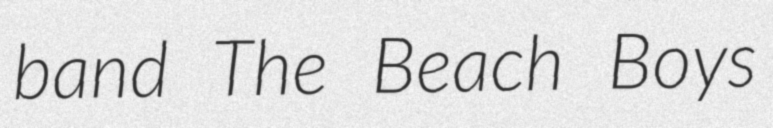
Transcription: band The Beach Boys